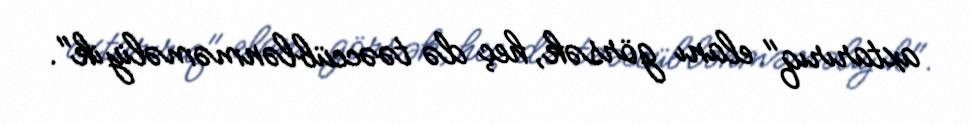
axtarırıq" elanı görsək, heç də təəccüblənməməliyik".